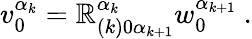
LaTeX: v_{0}^{\alpha_{k}}=\mathbb{R}_{(k)0\alpha_{k+1}}^{\alpha_{k}}w_{0}^{\alpha_{k+1}}\ .